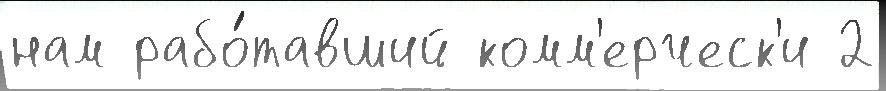
нам рабо́тавший комм'ерческ'и 2